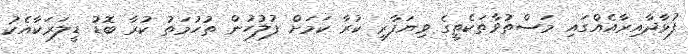
ފުޅާދާއިރާއެއްގައި މަސްތުވާތަކެތީގެ ވިޔަފާރި ކުރާ ކަމަށް ފުލުހުން ތުހުމަތު ކުރާ ބޮޑު ޑީލަރަކާއެކު